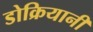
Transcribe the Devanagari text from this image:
डोक्रियानी